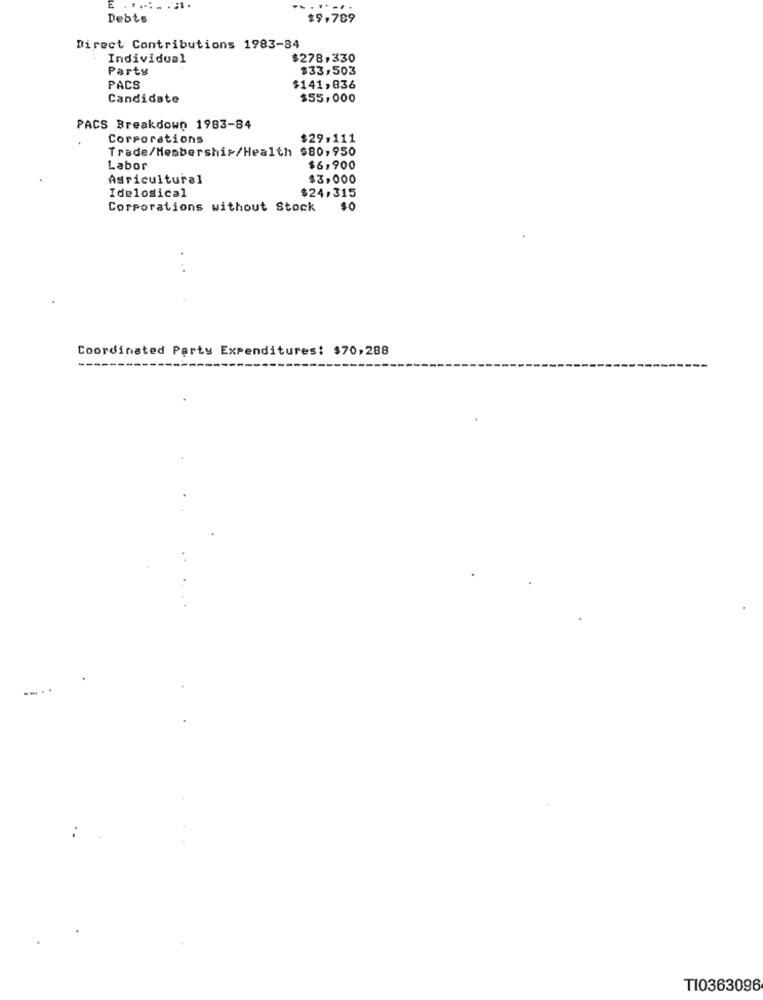
E . .....
Debts
$9,789
Direct Contributions 1983-84
Individual
$278,330
Party
$33,503
PACS
$141,836
Candidate
$55,000
PACS Breakdown 1983-84
Corporations
$29,111
Trade/Membership/Health $80,950
Labor
$6,900
Agricultural
$3,000
Idelosical
$24,315
Corporations without Stock
$0
Coordinated Party Expenditures: $70,288
----
TI0363096